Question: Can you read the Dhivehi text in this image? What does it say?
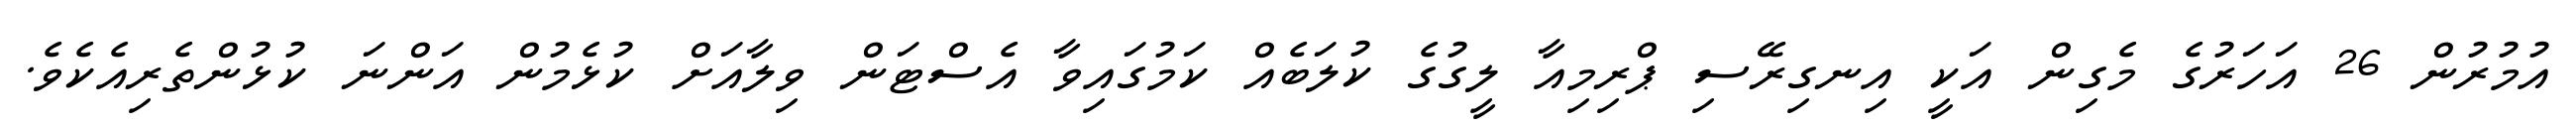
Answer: އުމުރުން 26 އަހަރުގެ މެގިން އަކީ އިނގިރޭސި ޕްރިމިއާ ލީގުގެ ކުލަބެއް ކަމުގައިވާ އެސްޓަން ވިލާއަށް ކުޅެމުން އަންނަ ކުޅުންތެރިއެކެވެ.